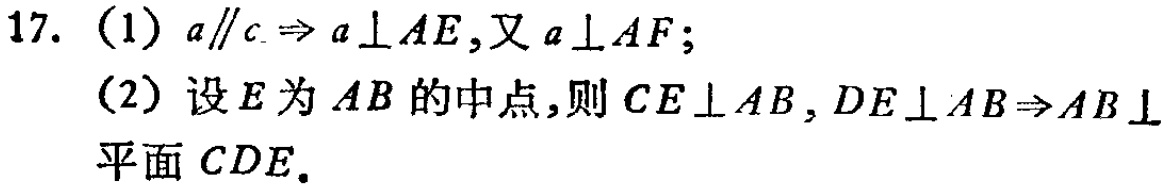
17. (1) \(a\parallel c\Rightarrow a\perp AE\)，又\(a\perp AF\)；
(2) 设\(E\)为\(AB\)的中点，则\(CE\perp AB\)，\(DE\perp AB\Rightarrow AB\perp\)平面\(CDE\)。